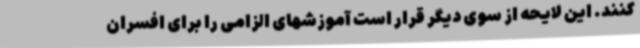
کنند. این لایحه از سوی دیگر قرار است آموزشهای الزامی را برای افسران